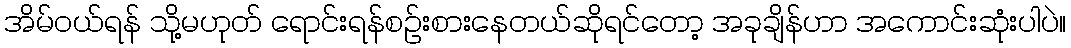
အိမ်ဝယ်ရန် သို့မဟုတ် ရောင်းရန်စဉ်းစားနေတယ်ဆိုရင်တော့ အခုချိန်ဟာ အကောင်းဆုံးပါပဲ။